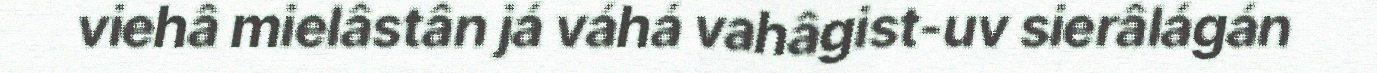
viehâ mielâstân já váhá vahâgist-uv sierâlágán